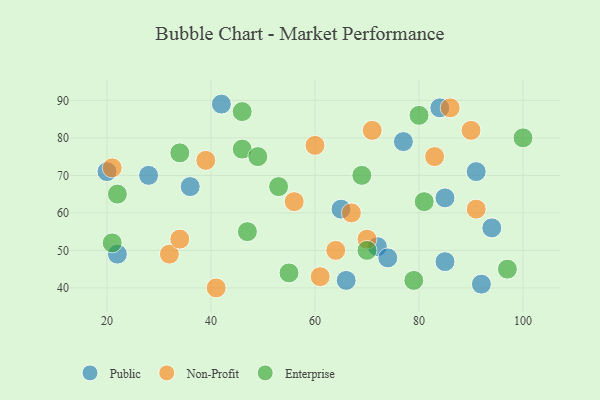
{"axis": {"x": "GDP", "y": "Life Expectancy"}, "legend": ["Enterprise", "Non-Profit", "Public"], "data": [{"x": "42", "y": 89, "type": "Public"}, {"x": "66", "y": 42, "type": "Public"}, {"x": "72", "y": 51, "type": "Public"}, {"x": "65", "y": 61, "type": "Public"}, {"x": "28", "y": 70, "type": "Public"}, {"x": "77", "y": 79, "type": "Public"}, {"x": "85", "y": 47, "type": "Public"}, {"x": "36", "y": 67, "type": "Public"}, {"x": "20", "y": 71, "type": "Public"}, {"x": "92", "y": 41, "type": "Public"}, {"x": "94", "y": 56, "type": "Public"}, {"x": "84", "y": 88, "type": "Public"}, {"x": "91", "y": 71, "type": "Public"}, {"x": "22", "y": 49, "type": "Public"}, {"x": "85", "y": 64, "type": "Public"}, {"x": "74", "y": 48, "type": "Public"}, {"x": "67", "y": 60, "type": "Non-Profit"}, {"x": "61", "y": 43, "type": "Non-Profit"}, {"x": "56", "y": 63, "type": "Non-Profit"}, {"x": "60", "y": 78, "type": "Non-Profit"}, {"x": "70", "y": 53, "type": "Non-Profit"}, {"x": "71", "y": 82, "type": "Non-Profit"}, {"x": "32", "y": 49, "type": "Non-Profit"}, {"x": "90", "y": 82, "type": "Non-Profit"}, {"x": "83", "y": 75, "type": "Non-Profit"}, {"x": "86", "y": 88, "type": "Non-Profit"}, {"x": "21", "y": 72, "type": "Non-Profit"}, {"x": "41", "y": 40, "type": "Non-Profit"}, {"x": "64", "y": 50, "type": "Non-Profit"}, {"x": "34", "y": 53, "type": "Non-Profit"}, {"x": "91", "y": 61, "type": "Non-Profit"}, {"x": "39", "y": 74, "type": "Non-Profit"}, {"x": "80", "y": 86, "type": "Enterprise"}, {"x": "22", "y": 65, "type": "Enterprise"}, {"x": "69", "y": 70, "type": "Enterprise"}, {"x": "70", "y": 50, "type": "Enterprise"}, {"x": "97", "y": 45, "type": "Enterprise"}, {"x": "46", "y": 77, "type": "Enterprise"}, {"x": "21", "y": 52, "type": "Enterprise"}, {"x": "53", "y": 67, "type": "Enterprise"}, {"x": "46", "y": 87, "type": "Enterprise"}, {"x": "100", "y": 80, "type": "Enterprise"}, {"x": "47", "y": 55, "type": "Enterprise"}, {"x": "81", "y": 63, "type": "Enterprise"}, {"x": "55", "y": 44, "type": "Enterprise"}, {"x": "79", "y": 42, "type": "Enterprise"}, {"x": "49", "y": 75, "type": "Enterprise"}, {"x": "34", "y": 76, "type": "Enterprise"}]}